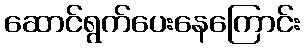
ဆောင်ရွက်ပေးနေကြောင်း